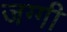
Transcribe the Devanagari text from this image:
जग्‍गी